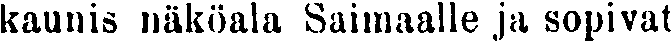
kaunis näköala Saimaalle ja sopivat